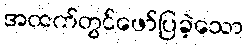
အထက်တွင်ဖော်ပြခဲ့သော